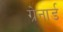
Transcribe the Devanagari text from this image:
ग्रेनार्ड